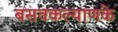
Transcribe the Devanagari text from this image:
बसवकल्याणके